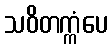
သဝိတက္ကံပေ